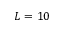
L = 1 0